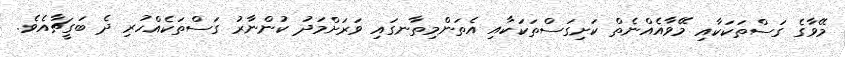
މޭވާގެ ގަސްތަކަކާއި މޭވާއެއްނެތް ކަށިގަސްތަކަކާއި އެތަންމިތާނގައި ވަރަށްމަދު ކުންނާރު ގަސްތަކެއްހުރި ދެ ބަގީޗާއެވެ.